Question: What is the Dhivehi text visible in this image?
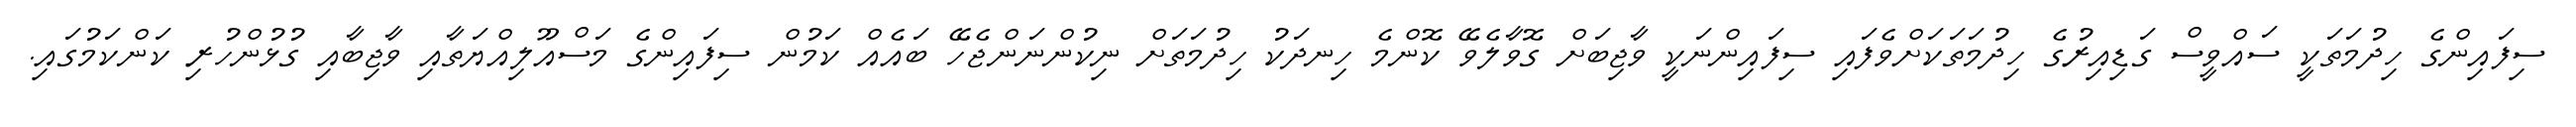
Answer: ސިފައިންގެ ހިދުމަތަކީ ސައްވީސް ގަޑިއިރުގެ ހިދުމަތަކަށްވެފައި ސިފައިންނަކީ ވާޖިބަށް ގޮވާލެވޭ ކޮންމެ ހިނދަކު ހިދުމަތަށް ނިކުންނަންޖެހޭ ބައެއް ކަމުން ސިފައިންގެ މަސްއޫލިއްޔަތާއި ވާޖިބާއި ގުޅުންހުރި ކަންކަމުގައި.